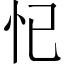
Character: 𱞁